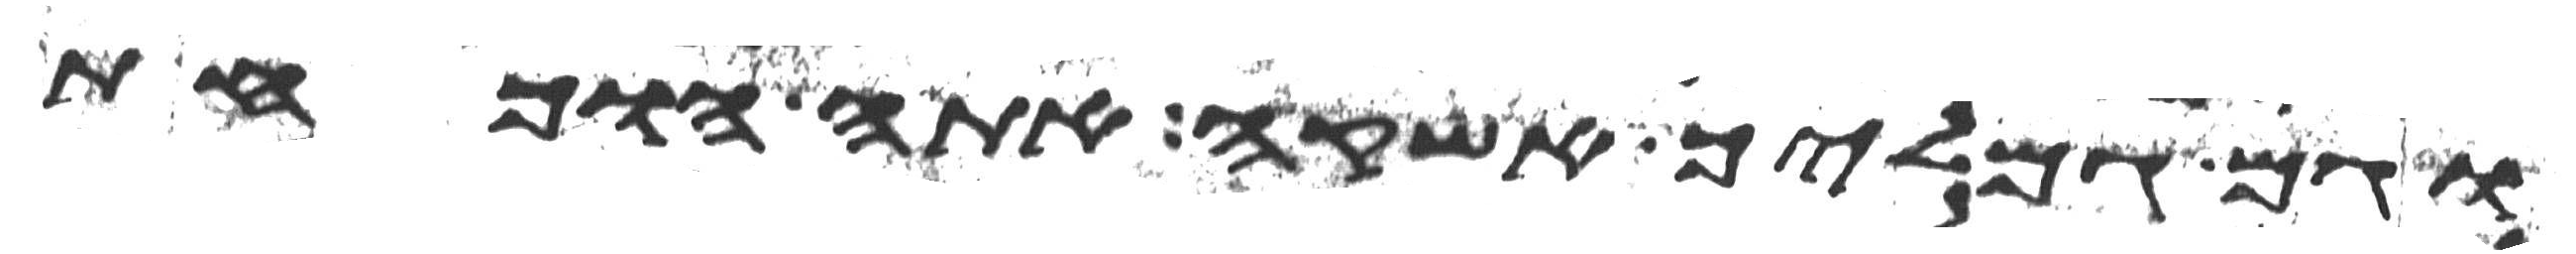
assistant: וגם גמליך אשקה אתה הוכחת